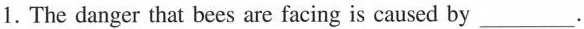
1. The danger that bees are facing is caused by___.